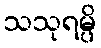
သသုရမ္ပိ